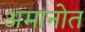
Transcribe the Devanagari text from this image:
अमानोत